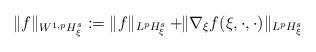
LaTeX: \begin{align*}\|f\|_{W^{1,p}H_\xi^s}:=\|f\|_{L^pH^s_\xi}+\!\!\|\nabla_\xi f(\xi,\cdot,\cdot)\|_{L^pH^s_\xi}\end{align*}